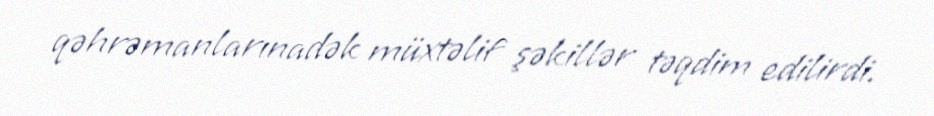
qəhrəmanlarınadək müxtəlif şəkillər təqdim edilirdi.